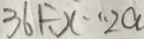
3 6 1 \div x \cdots 2 a